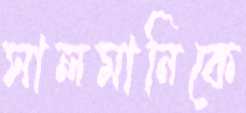
সালমানিকে